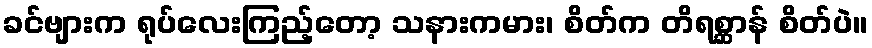
ခင်ဗျားက ရုပ်လေးကြည့်တော့ သနားကမား၊ စိတ်က တိရစ္ဆာန် စိတ်ပဲ။